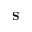
\textbf { S }